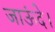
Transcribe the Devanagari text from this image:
जाऊंदे।